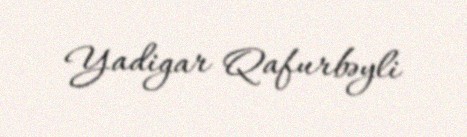
Yadigar Qafurbəyli